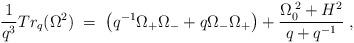
LaTeX: \begin{align*}\frac{1}{q^{3}}Tr_{q}(\Omega^{2}) \; = \;\left( q^{-1}\Omega_{+}\Omega_{-} + q\Omega_{-}\Omega_{+} \right)+ \frac{\Omega^{\;2}_{0} + H^{2}}{q+q^{-1}} \; ,\end{align*}